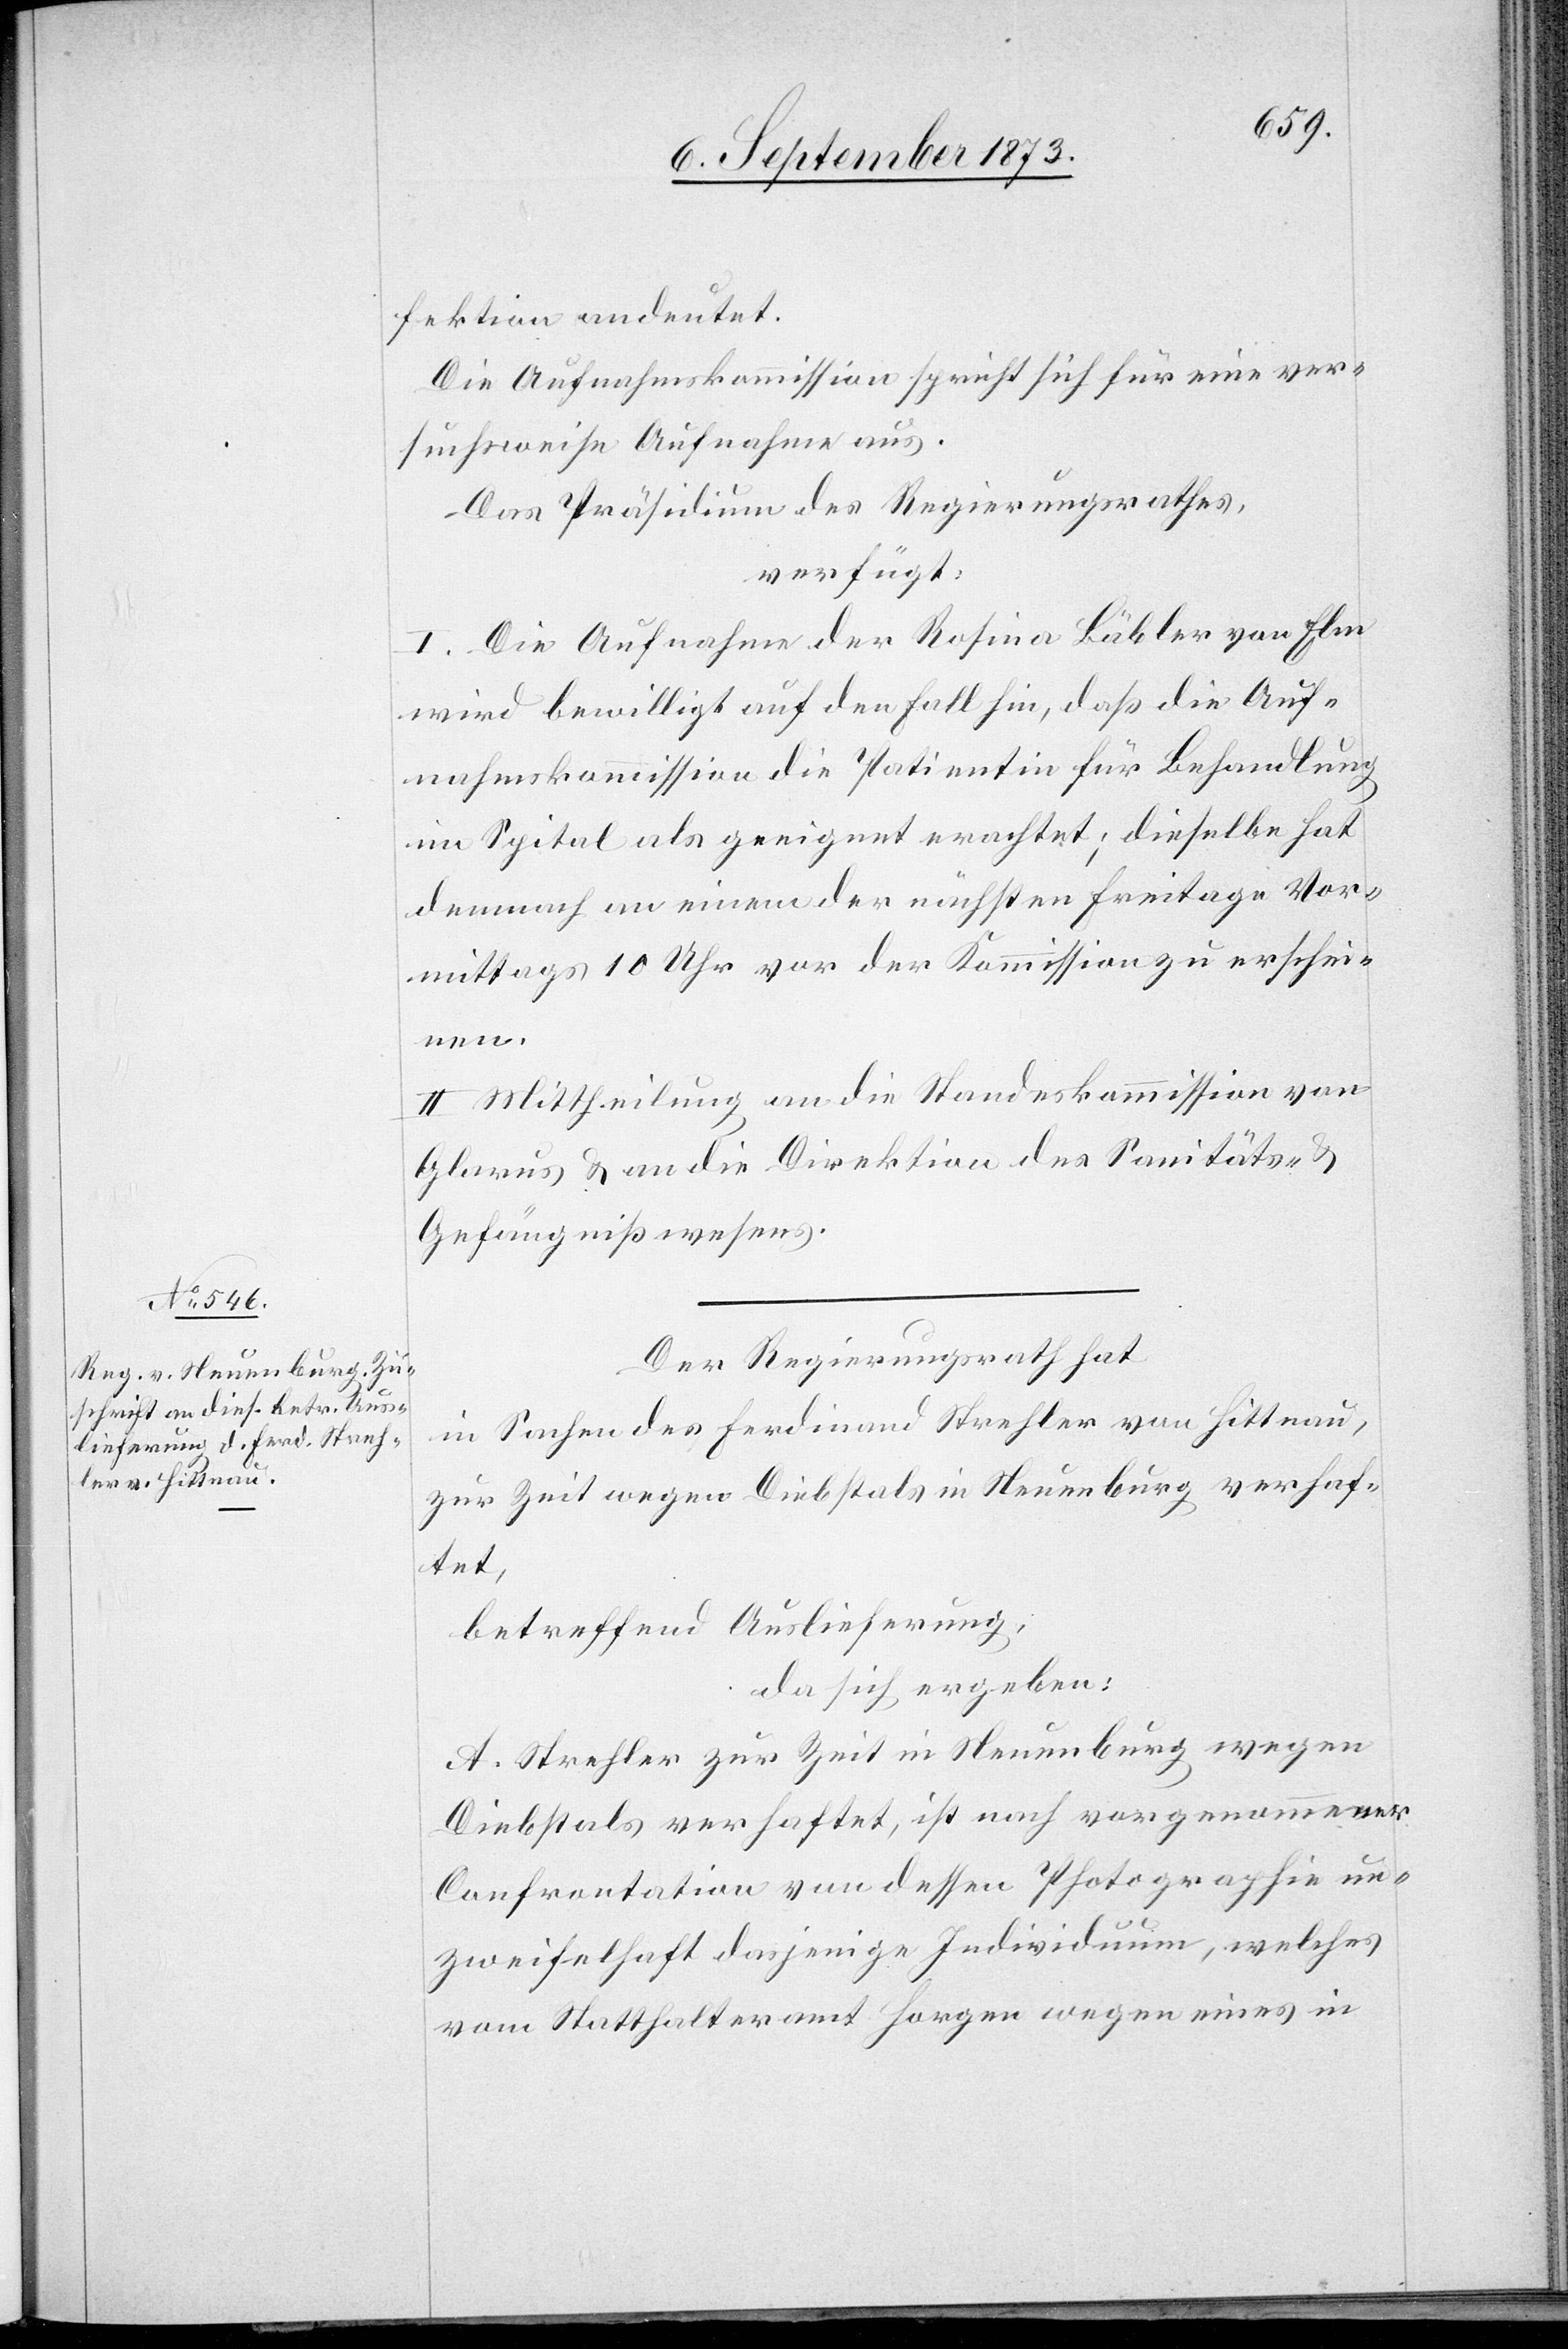
11. September 1873.]
fektion andeutet.
Die Aufnahmskommission spricht sich für eine ver¬
suchsweise Aufnahme aus.
Das Präsidium des Regierungsrathes,
verfügt:
I. Die Aufnahme der Rosina Bäbler von Elm
wird bewilligt auf den Fall hin, daß die Auf¬
nahmskommission die Patientin für Behandlung
im Spital als geeignet erachtet; dieselbe hat
demnach an einem der nächsten Freitage Vor¬
mittags 10 Uhr vor der Kommission zu erschei¬
nen.
II. Mittheilung an die Standeskommission von
Glarus & an die Direktion des Sanitäts- &
Gefängnißwesens.
Der Regierungsrath hat
in Sachen des Ferdinand Strehler von Hittnau,
zur Zeit wegen Diebstals in Neuenburg verhaf¬
tet,
betreffend Auslieferung,
da sich ergeben:
A. Strehler zur Zeit in Neuenburg wegen
Diebstals verhaftet, ist nach vorgenommener
Confrontation von dessen Photographie un¬
zweifelhaft dasjenige Individuum, welches
vom Statthalteramt Horgen wegen eines in